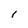
Character: 1